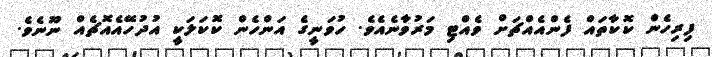
ފިރިހެން ކޮކާތައް ފެންއެއްޗަށް ވެއްޓި މަރުވާނެއެވެ. ހުވަނީގެ އަންހެން ކޮކަލަކީ އުދުހޭއެއޮޗެއް ނޫނެވެ.